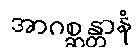
အာဂစ္ဆန္တာနံ